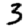
Digit: 3